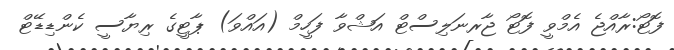
ފޮޓޯ:ރާއްޖެ އެމްވީ ފޮޓޯ ޖާރނަލިސްޓް އަޝްވާ ފަހީމް (އައްވަ) ޕާޓީގެ ރިޔާސީ ކެންޑިޑޭޓް